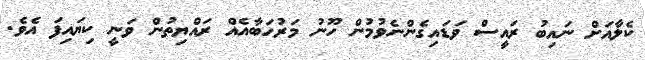
ކެލާއަށް ނައިބު ރައީސް ވަޑައިގެންނެވުމުން ހޫނު މަރުހަބާއެއް ރައްޔިތުން ވަނީ ކިޔައިފަ އެވެ.